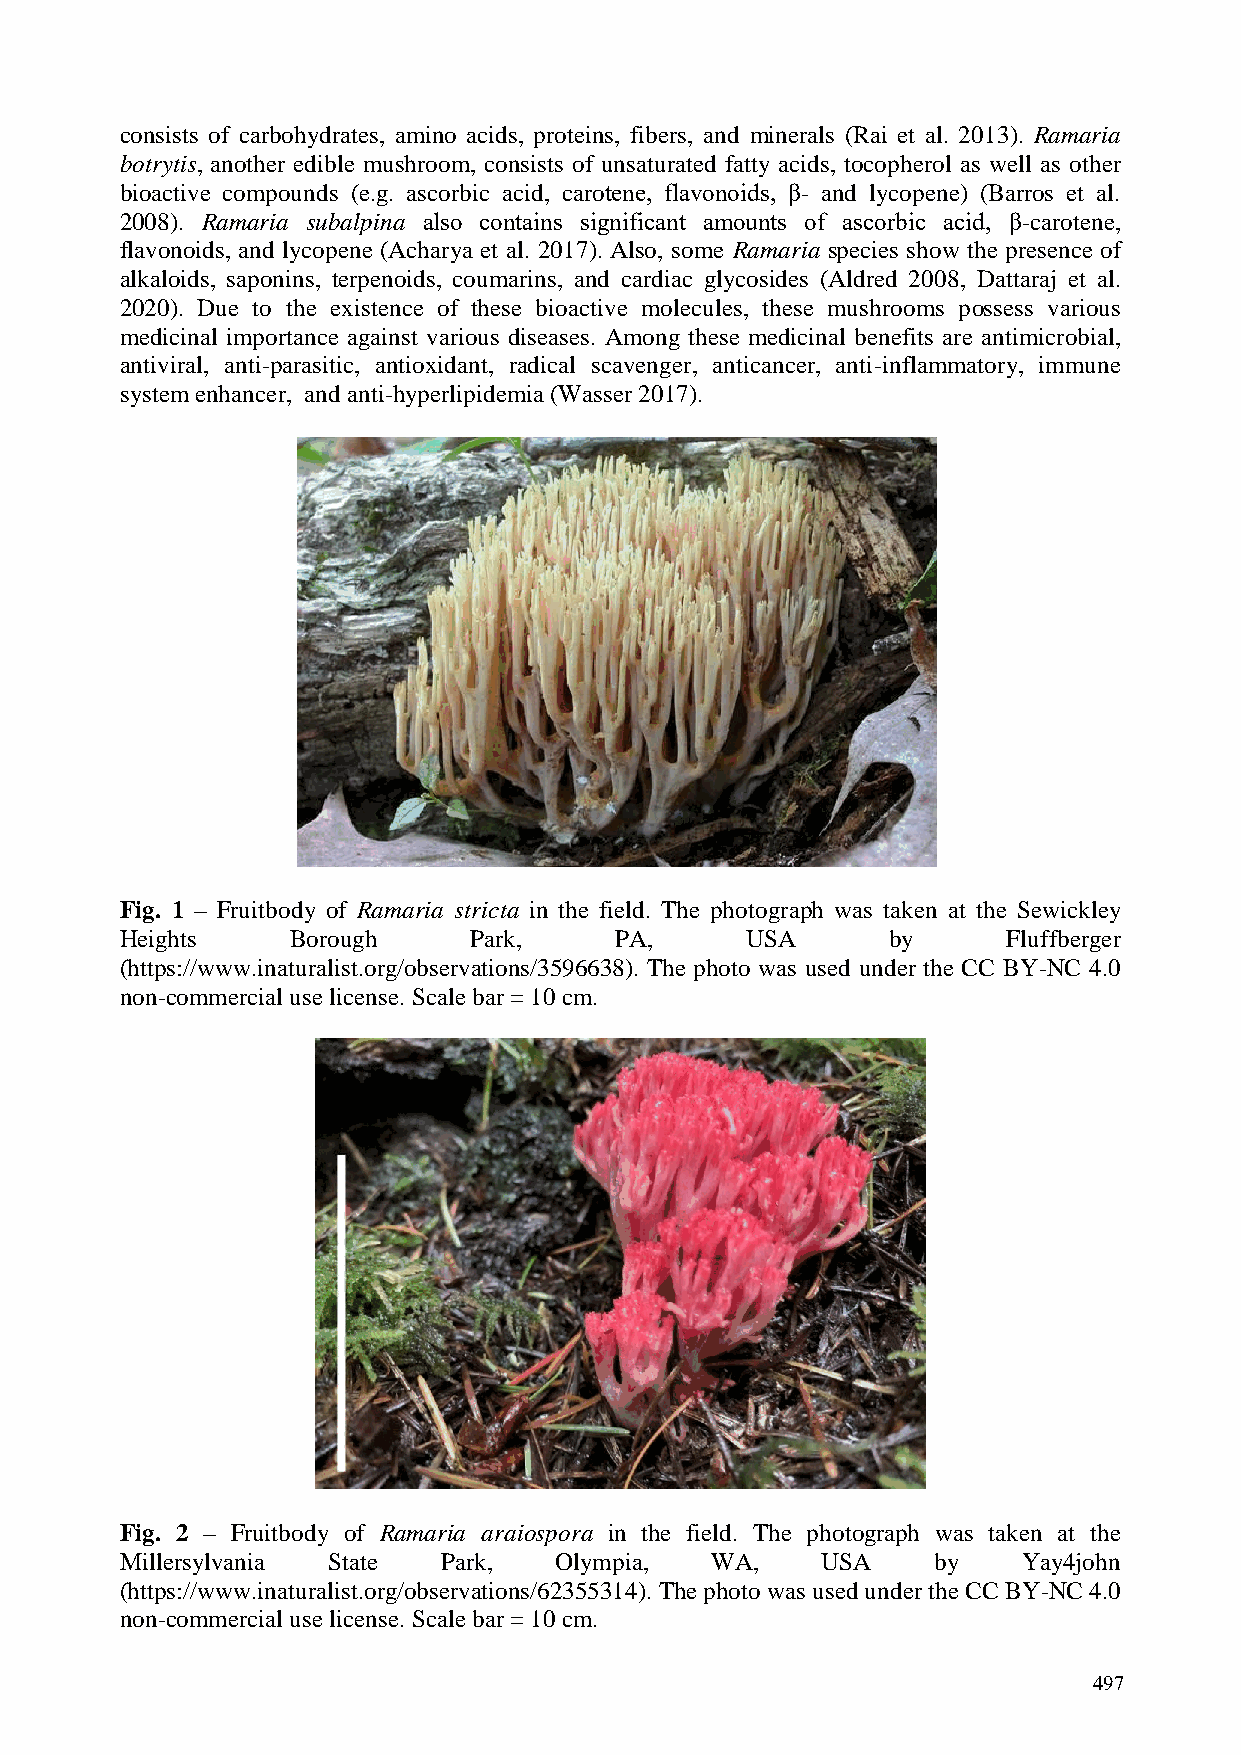
consists of carbohydrates, amino acids, proteins, fibers, and minerals (Rai et al. 2013). Ramaria
 botrytis, another edible mushroom, consists of unsaturated fatty acids, tocopherol as well as other
 bioactive compounds (e.g. ascorbic acid, carotene, flavonoids, β- and lycopene) (Barros et al.
 2008). Ramaria subalpina also contains significant amounts of ascorbic acid, β-carotene,
 flavonoids, and lycopene (Acharya et al. 2017). Also, some Ramaria species show the presence of
 alkaloids, saponins, terpenoids, coumarins, and cardiac glycosides (Aldred 2008, Dattaraj et al.
 2020). Due to the existence of these bioactive molecules, these mushrooms possess various
 medicinal importance against various diseases. Among these medicinal benefits are antimicrobial,
 antiviral, anti-parasitic, antioxidant, radical scavenger, anticancer, anti-inflammatory, immune
 system enhancer, and anti-hyperlipidemia (Wasser 2017).
 Fig. 1 – Fruitbody of Ramaria stricta in the field. The photograph was taken at the Sewickley
 Heights    Borough     Park,     PA,     USA       by      Fluffberger
 (https://www.inaturalist.org/observations/3596638). The photo was used under the CC BY-NC 4.0
 non-commercial use license. Scale bar = 10 cm.
 Fig. 2 – Fruitbody of Ramaria araiospora in the field. The photograph was taken at the
 Millersylvania State Park,   Olympia,  WA,    USA     by    Yay4john
 (https://www.inaturalist.org/observations/62355314). The photo was used under the CC BY-NC 4.0
 non-commercial use license. Scale bar = 10 cm.
 497